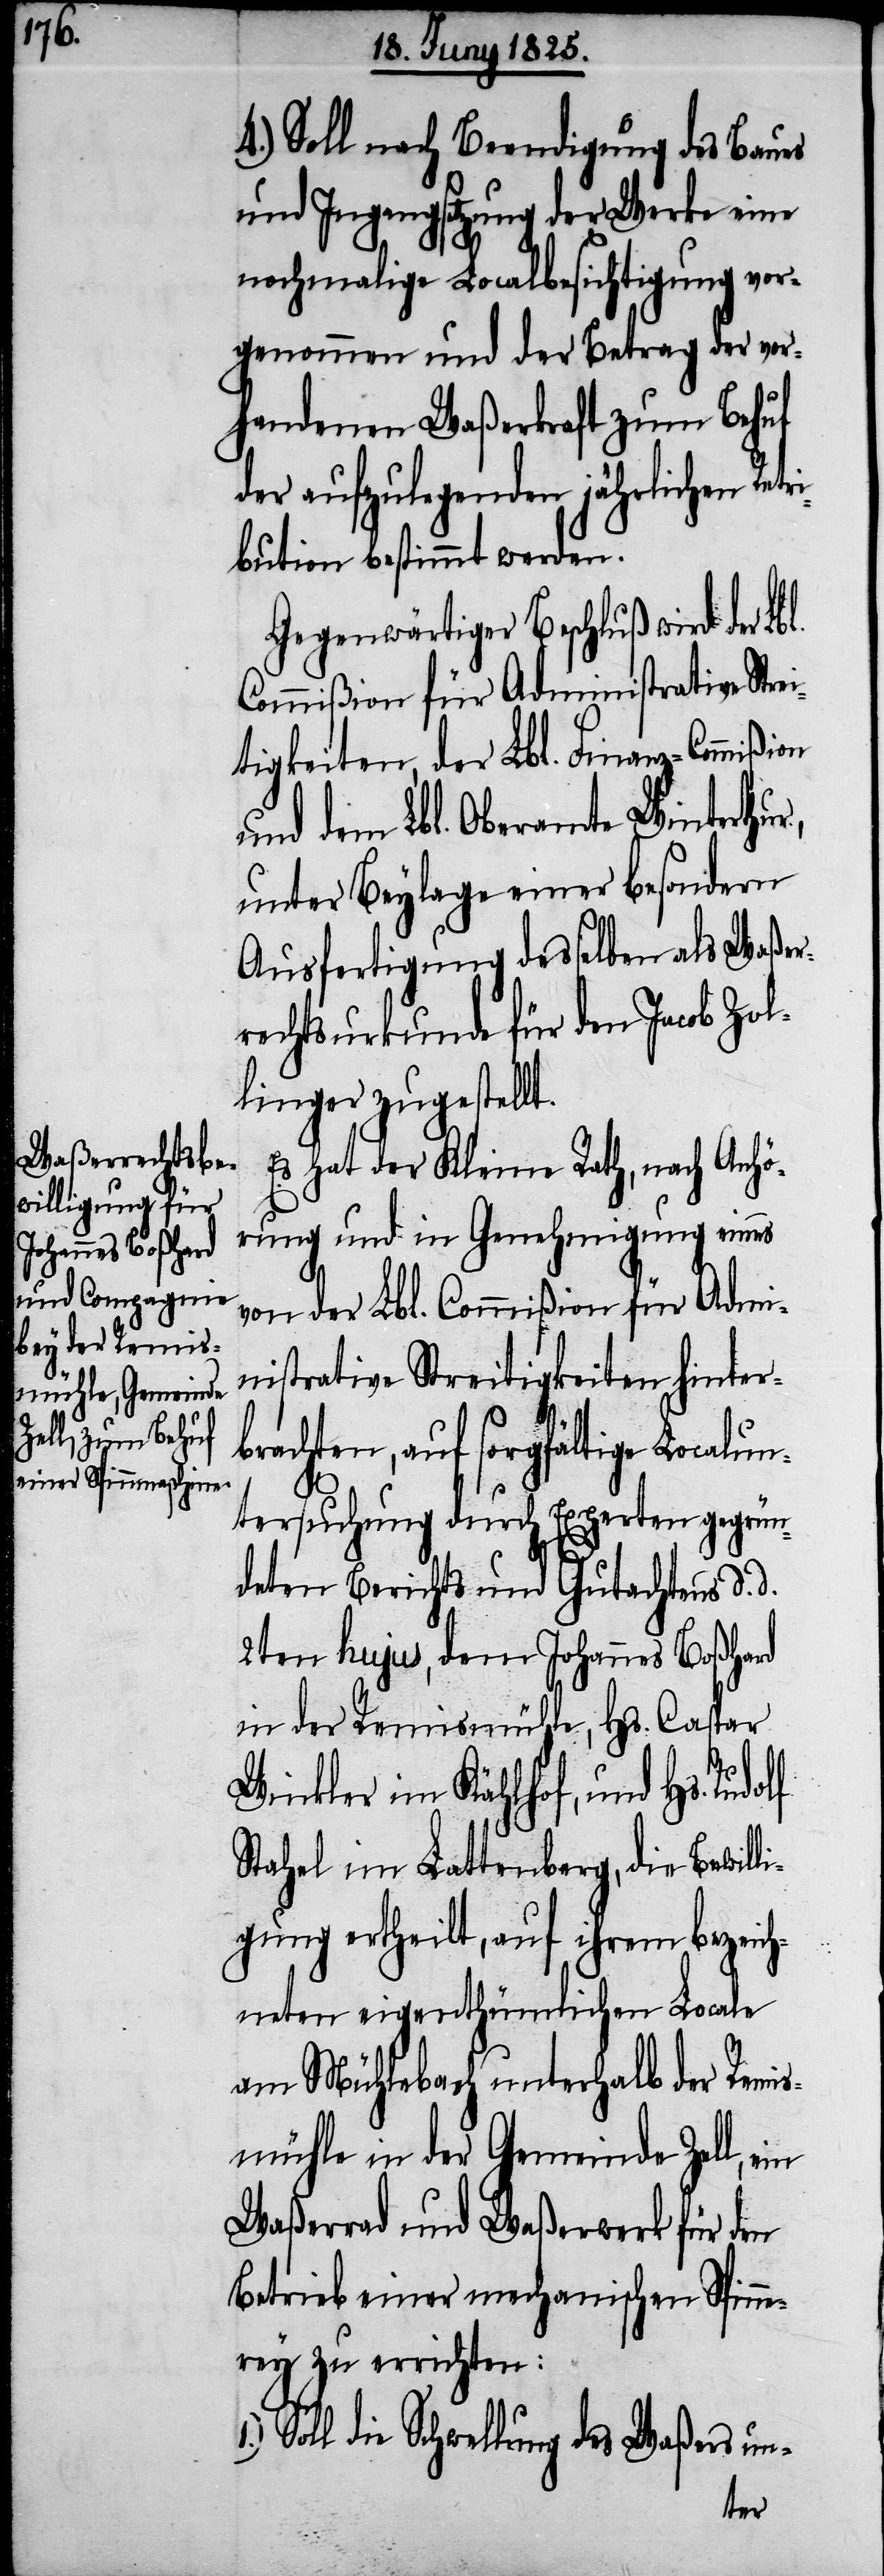
4.) Soll nach Beendigung des Baues
und Ingangsetzung der Werke eine
nochmalige Localbesichtigung vor¬
genommen und der Betrag der vor¬
handenen Waßerkraft zum Behuf
der aufzulegenden jährlichen Re¬
bution bestimmt werden.
Gegenwärtiger Beschluß wird der Lb¬
Commißion für Administrative Str¬
tigkeiten, der Lbl. Finanz-Commißi¬
und dem Lbl. Oberamte Winterthur,
unter Beylage einer besondern
Ausfertigung desselben als Waßer¬
rechtsurkunde für den Jacob Zol¬
linger zugestellt.
Es hat der Kleine Rath, nach Anhö¬
rung und in Genehmigung eines
von der Lbl. Commißion für Admi¬
nistrative Streitigkeiten hinter¬
brachten, auf sorgfältige Localun¬
olf
tersuchung durch Experten gegrün¬
deten Berichts und Gutachtens d. d.
2ten hujus, dem Johannes Boßhard
in der Remismühle, Hs. Caspar
Winkler im Kählhof, und Hs. Rud¬
Stahel im Lattenberg, die Bewill¬
igung ertheilt, auf ihrem bezeich¬
neten eigenthümlichen Locale
am Mühlebach unterhalb der Remi¬
smühle in der Gemeinde Zell, ein
Waßerrad und Waßerwerk für den
Betrieb einer mechanischen Spinne¬
rey zu errichten:
Soll die Schwellung des Waßers un-